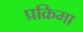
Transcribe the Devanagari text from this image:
प्रक्रिमा